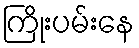
ကြိုးပမ်းနေ